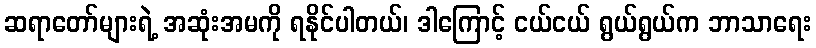
ဆရာတော်များရဲ့ အဆုံးအမကို ရနိုင်ပါတယ်၊ ဒါကြောင့် ငယ်ငယ် ရွယ်ရွယ်က ဘာသာရေး